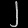
Digit: ၂